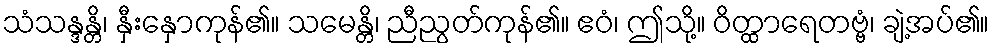
သံသန္ဒန္တိ၊ နှီးနှောကုန်၏။ သမေန္တိ၊ ညီညွတ်ကုန်၏။ ဧဝံ၊ ဤသို့။ ဝိတ္ထာရေတဗ္ဗံ၊ ချဲ့အပ်၏။